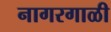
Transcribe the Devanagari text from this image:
नागरगाळी